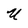
Character: U